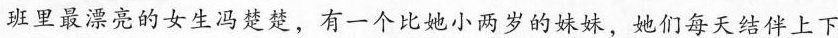
班里最漂亮的女生冯楚楚，有一个比她小两岁的妹妹，她们每天结伴上下